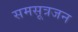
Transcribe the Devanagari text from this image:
समसूत्रजन